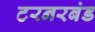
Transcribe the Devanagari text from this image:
टरनरबंड